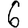
Digit: 6